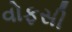
વોફસી